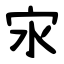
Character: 㲾